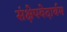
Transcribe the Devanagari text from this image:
संक्षेपवेदार्थम